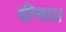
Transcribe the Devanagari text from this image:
दीना।।